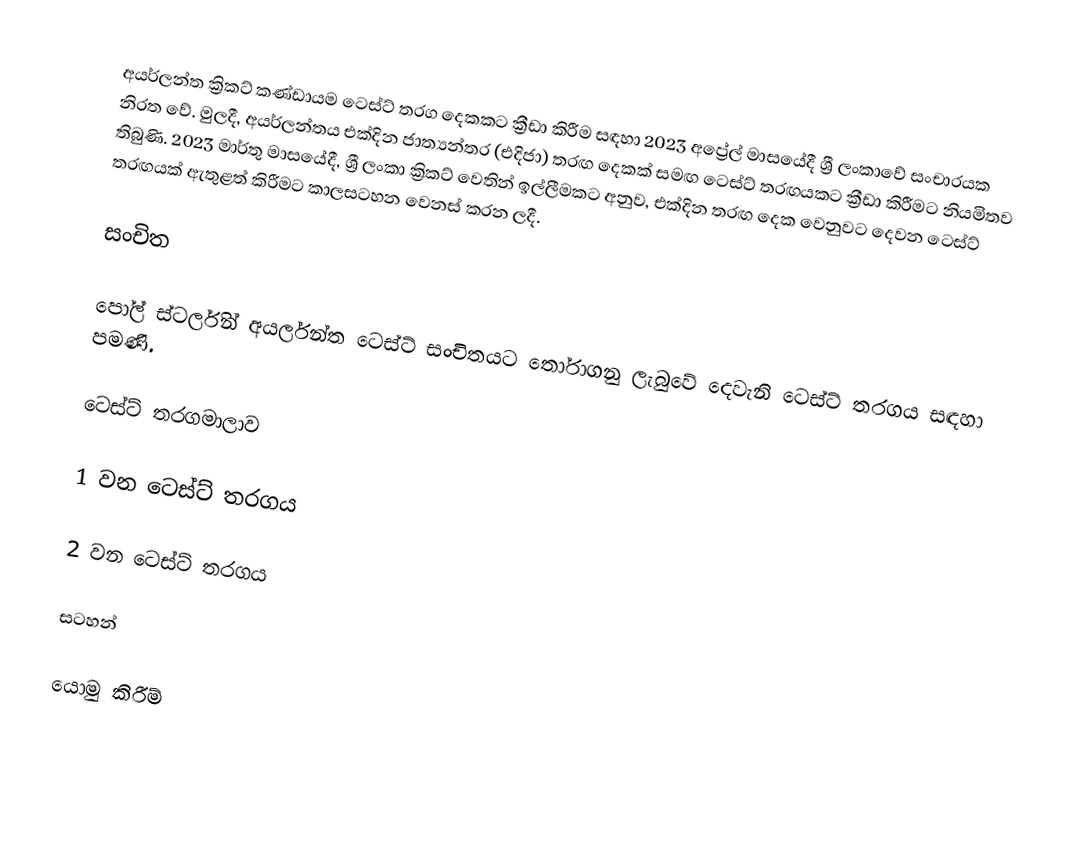
අයර්ලන්ත ක්‍රිකට් කණ්ඩායම ටෙස්ට් තරග දෙකකට ක්‍රීඩා කිරීම සඳහා 2023 අප්‍රේල් මාසයේදී ශ්‍රී ලංකාවේ සංචාරයක නිරත වේ. මුලදී, අයර්ලන්තය එක්දින ජාත්‍යන්තර (එදිජා) තරඟ දෙකක් සමඟ ටෙස්ට් තරඟයකට ක්‍රීඩා කිරීමට නියමිතව තිබුණි. 2023 මාර්තු මාසයේදී, ශ්‍රී ලංකා ක්‍රිකට් වෙතින් ඉල්ලීමකට අනුව,  එක්දින තරඟ දෙක වෙනුවට දෙවන ටෙස්ට් තරඟයක් ඇතුළත් කිරීමට කාලසටහන වෙනස් කරන ලදී.

සංචිත

පෝල් ස්ටර්ලින් අයර්ලන්ත ටෙස්ට් සංචිතයට තෝරාගනු ලැබුවේ දෙවැනි ටෙස්ට් තරගය සඳහා පමණි.

ටෙස්ට් තරගමාලාව

1 වන ටෙස්ට් තරගය

2 වන ටෙස්ට් තරගය

සටහන්

යොමු කිරීම්